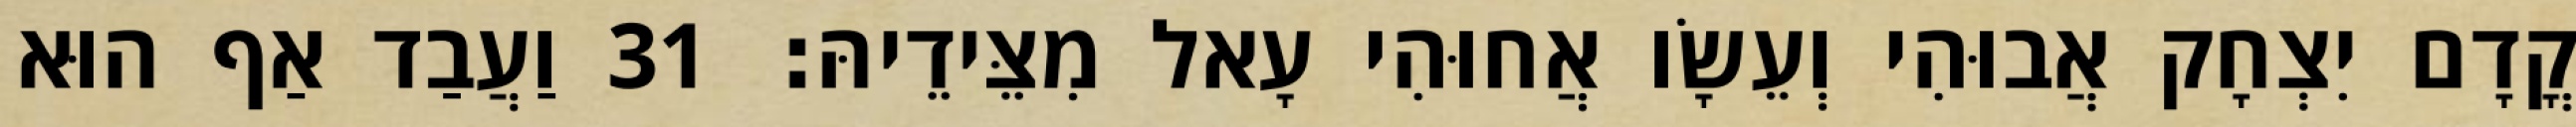
קֳדָם יִצְחָק אֲבוּהִי וְעֵשָׂו אֲחוּהִי עָאל מִצֵּידֵיהּ׃ 31 וַעֲבַד אַף הוּא